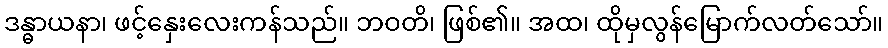
ဒန္ဓာယနာ၊ ဖင့်နှေးလေးကန်သည်။ ဘဝတိ၊ ဖြစ်၏။ အထ၊ ထိုမှလွန်မြောက်လတ်သော်။